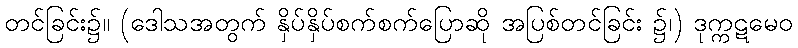
တင်ခြင်း၌။ (ဒေါသအတွက် နှိပ်နှိပ်စက်စက်ပြောဆို အပြစ်တင်ခြင်း ၌၊) ဒုက္ကဋမေဝ